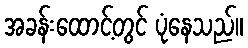
အခန်းထောင့်တွင် ပုံနေသည်။